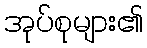
အုပ်စုများ၏